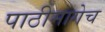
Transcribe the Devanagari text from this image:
पाठीमागेच